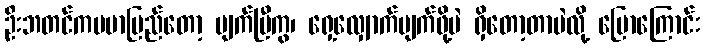
ဦးဘတင်ကဗမာပြည်တော့ ပျက်ပြီကွ၊ ရှေ့လျှောက်ပျက်ဖို့ပဲ ရှိတော့တာပဲလို့ ပြောကြောင်း